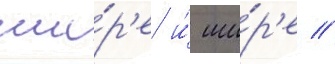
ши́р'е и́ ши́р'е //